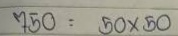
750 = 50 x 50